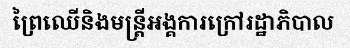
ព្រៃឈើនិងមន្ត្រីអង្គការក្រៅរដ្ឋាភិបាល